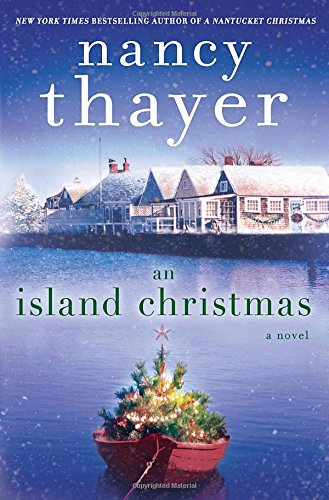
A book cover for An Island Christmas: A Novel; Nancy Thayer; Romance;